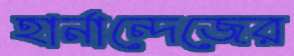
হার্নান্দেজের